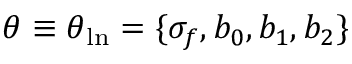
\boldsymbol \theta \equiv \boldsymbol \theta _ { \mathrm { l n } } = \{ \sigma _ { f } , b _ { 0 } , b _ { 1 } , b _ { 2 } \}